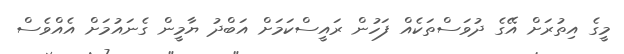
މީގެ އިތުރަށް އޭގެ ދުވަސްތަކެއް ފަހުން ރައީސްކަމަށް އަބްދު ޔާމީން ގެނައުމަށް އެއްވެސް